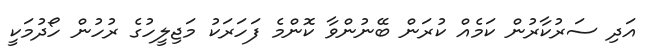
އަދި ސަރުކާރުން ކަމެއް ކުރަން ބޭނުންވާ ކޮންމެ ފަހަރަކު މަޖިލީހުގެ ރުހުން ހޯދުމަކީ